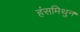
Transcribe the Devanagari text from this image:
हंसमिथुन